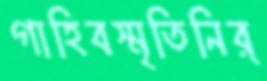
গাহিবস্মৃতিনির্